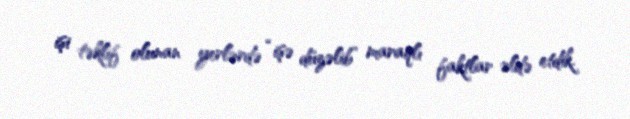
işi təklif olunan yerlərdə “işə düzəlib” maraqlı faktlar əldə etdik.